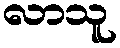
လာသူ